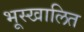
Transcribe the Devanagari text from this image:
भूस्खालित